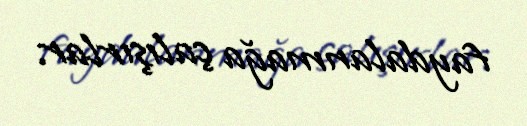
faydalanmağa çalışırlar.